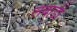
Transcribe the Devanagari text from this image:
लंबाडी